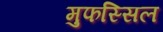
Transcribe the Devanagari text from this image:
मुफस्सिल